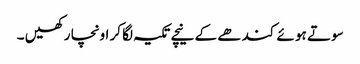
سو تے ہو ئے کند ھے کے نیچے تکیہ لگا کر اونچا ر کھیں ۔